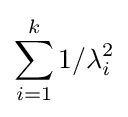
\sum _{i=1}^{k}1/\lambda _{i}^{2}